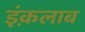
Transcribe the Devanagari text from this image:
इंक़लाब